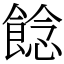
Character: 䭃